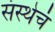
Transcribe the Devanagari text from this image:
संस्थेचं